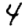
Digit: 4